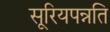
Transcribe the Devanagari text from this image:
सूरियपन्नति